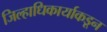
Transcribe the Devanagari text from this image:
जिल्हाधिकार्याकडून